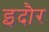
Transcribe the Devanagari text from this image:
इदौर